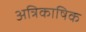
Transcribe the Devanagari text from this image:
अत्रिकाषिक